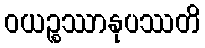
ဝယဉ္စဿာနုပဿတိ